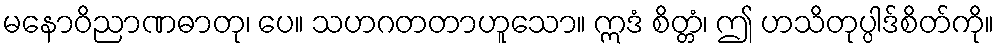
မနောဝိညာဏဓာတု၊ ပေ။ သဟဂတတာဟူသော။ ဣဒံ စိတ္တံ၊ ဤ ဟသိတုပ္ပါဒ်စိတ်ကို။